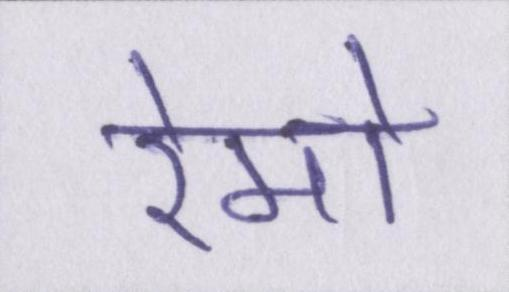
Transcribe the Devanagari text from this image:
रेमो